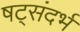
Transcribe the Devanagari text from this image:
षट्संदर्भ